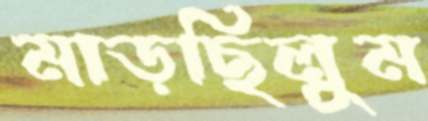
মাড়ছিলুম